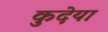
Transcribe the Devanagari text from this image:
कुदेया